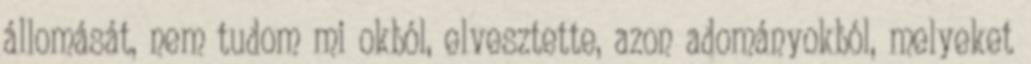
állomását, nem tudom mi okból, elvesztette, azon adományokból, melyeket